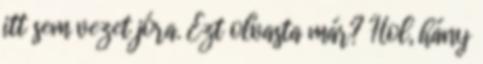
itt sem vezet jóra. Ezt olvasta már? Hol, hány